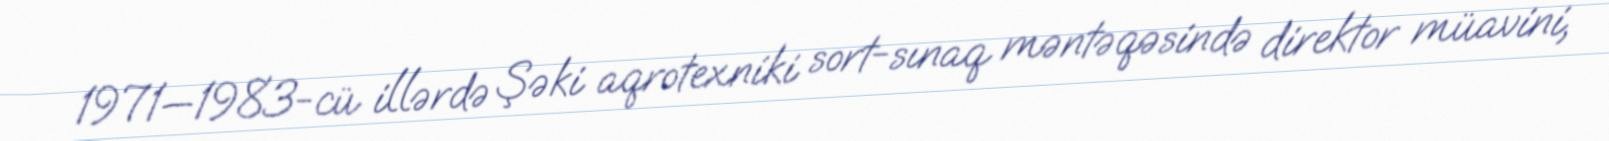
1971—1983-cü illərdə Şəki aqrotexniki sort-sınaq məntəqəsində direktor müavini,